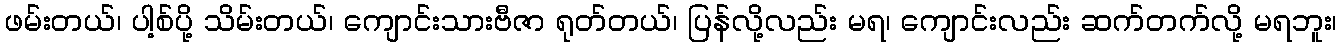
ဖမ်းတယ်၊ ပါ့စ်ပို့ သိမ်းတယ်၊ ကျောင်းသားဗီဇာ ရုတ်တယ်၊ ပြန်လို့လည်း မရ၊ ကျောင်းလည်း ဆက်တက်လို့ မရဘူး၊